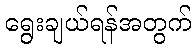
ရွေးချယ်ရန်အတွက်